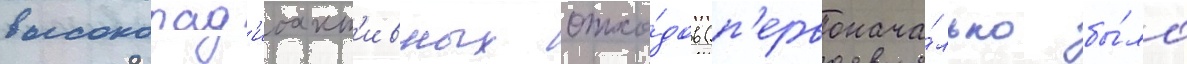
высокорад'иоакт'ивных отхо́дов (п'ервонача́льно бы́ло